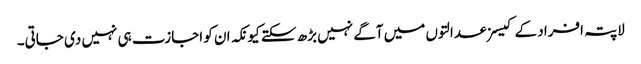
لاپتہ افراد کے کیسز عدالتوں میں آگے نہیں بڑھ سکتے کیونکہ ان کو اجازت ہی نہیں دی جاتی۔